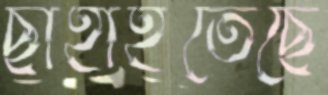
ছাহাইতেছে